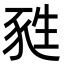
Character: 甤